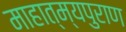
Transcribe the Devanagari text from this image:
माहात्म्यपुराण